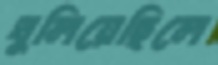
ঘুলিয়েছিলে